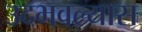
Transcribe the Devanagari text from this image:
उदभवल्यास